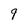
Character: 9